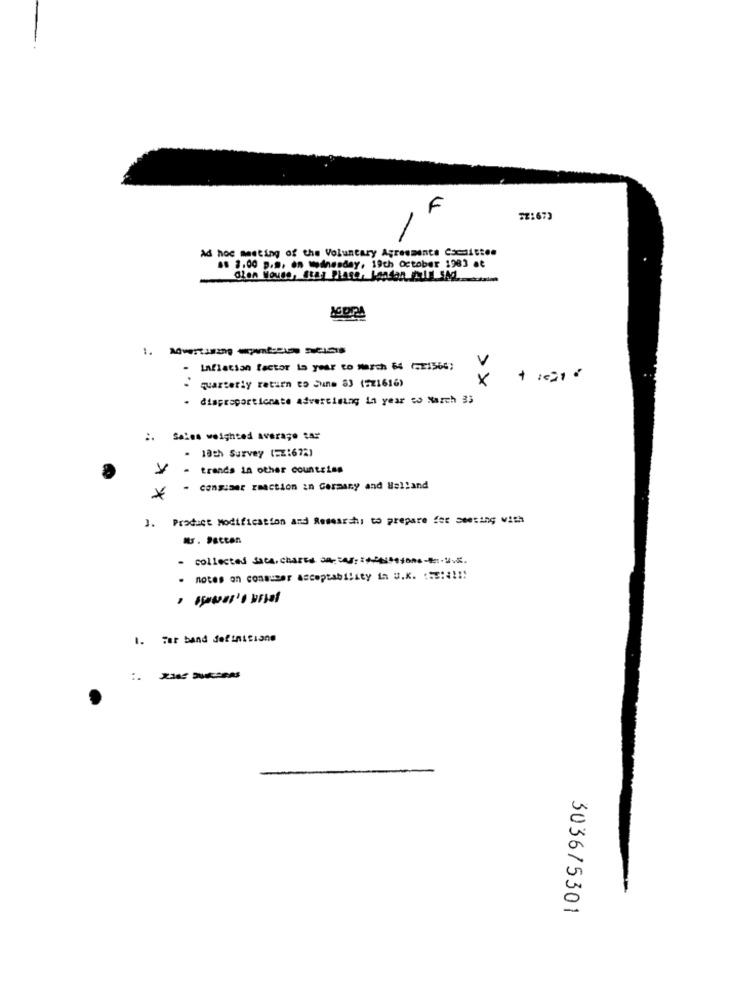
5Z:673
Ad hoc meeting of the Voluntary Agreements Committee
.. 3.00 p.m. on wednesday, 19th October 1983 at
Cien House, Star Piano, Landan IM SAd
AGORA
V
- Inflation factor la year to musch 64 (=21366;
x
- quarterly return to June 83 (221616)
disproportionate Advertising in year co March 33
Sales weighted average tar
- 18th Survey (=Z:672)
- trends in other countries
- consumer reaction in Germany and Balland
3. Product Modification and Researchi to prepare for meeting with
collected Saca, charts De carros
notes on consumer Acceptability in U.K. : 58:# !!!
1. For band definitione
3036/5301